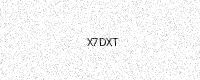
Text: X7DXT